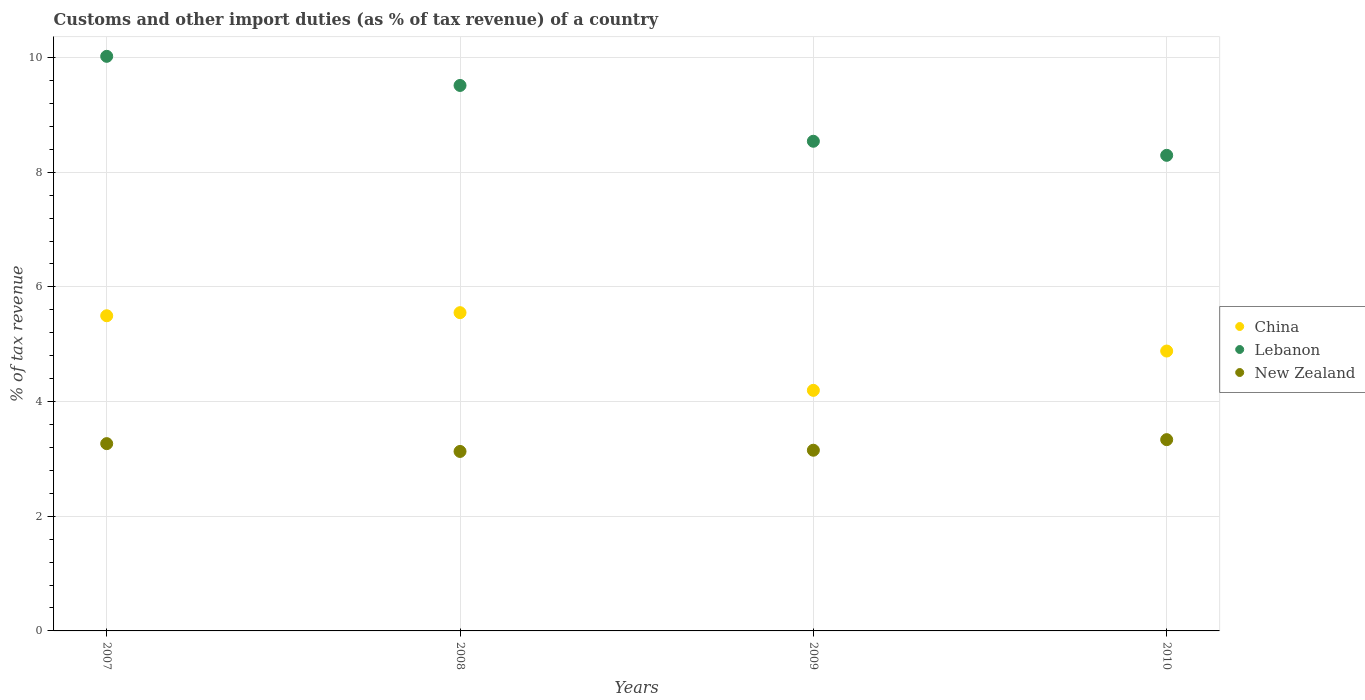
| Years | China | Lebanon | New Zealand |
 | --- | --- | --- | --- |
 | 2007 | 5.5 | 10 | 3.27 |
 | 2008 | 5.55 | 9.51 | 3.13 |
 | 2009 | 4.2 | 8.54 | 3.15 |
 | 2010 | 4.88 | 8.3 | 3.34 |